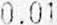
0.01